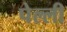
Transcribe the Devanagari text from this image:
पेल्ली